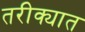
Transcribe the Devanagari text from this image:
तरीक्यात